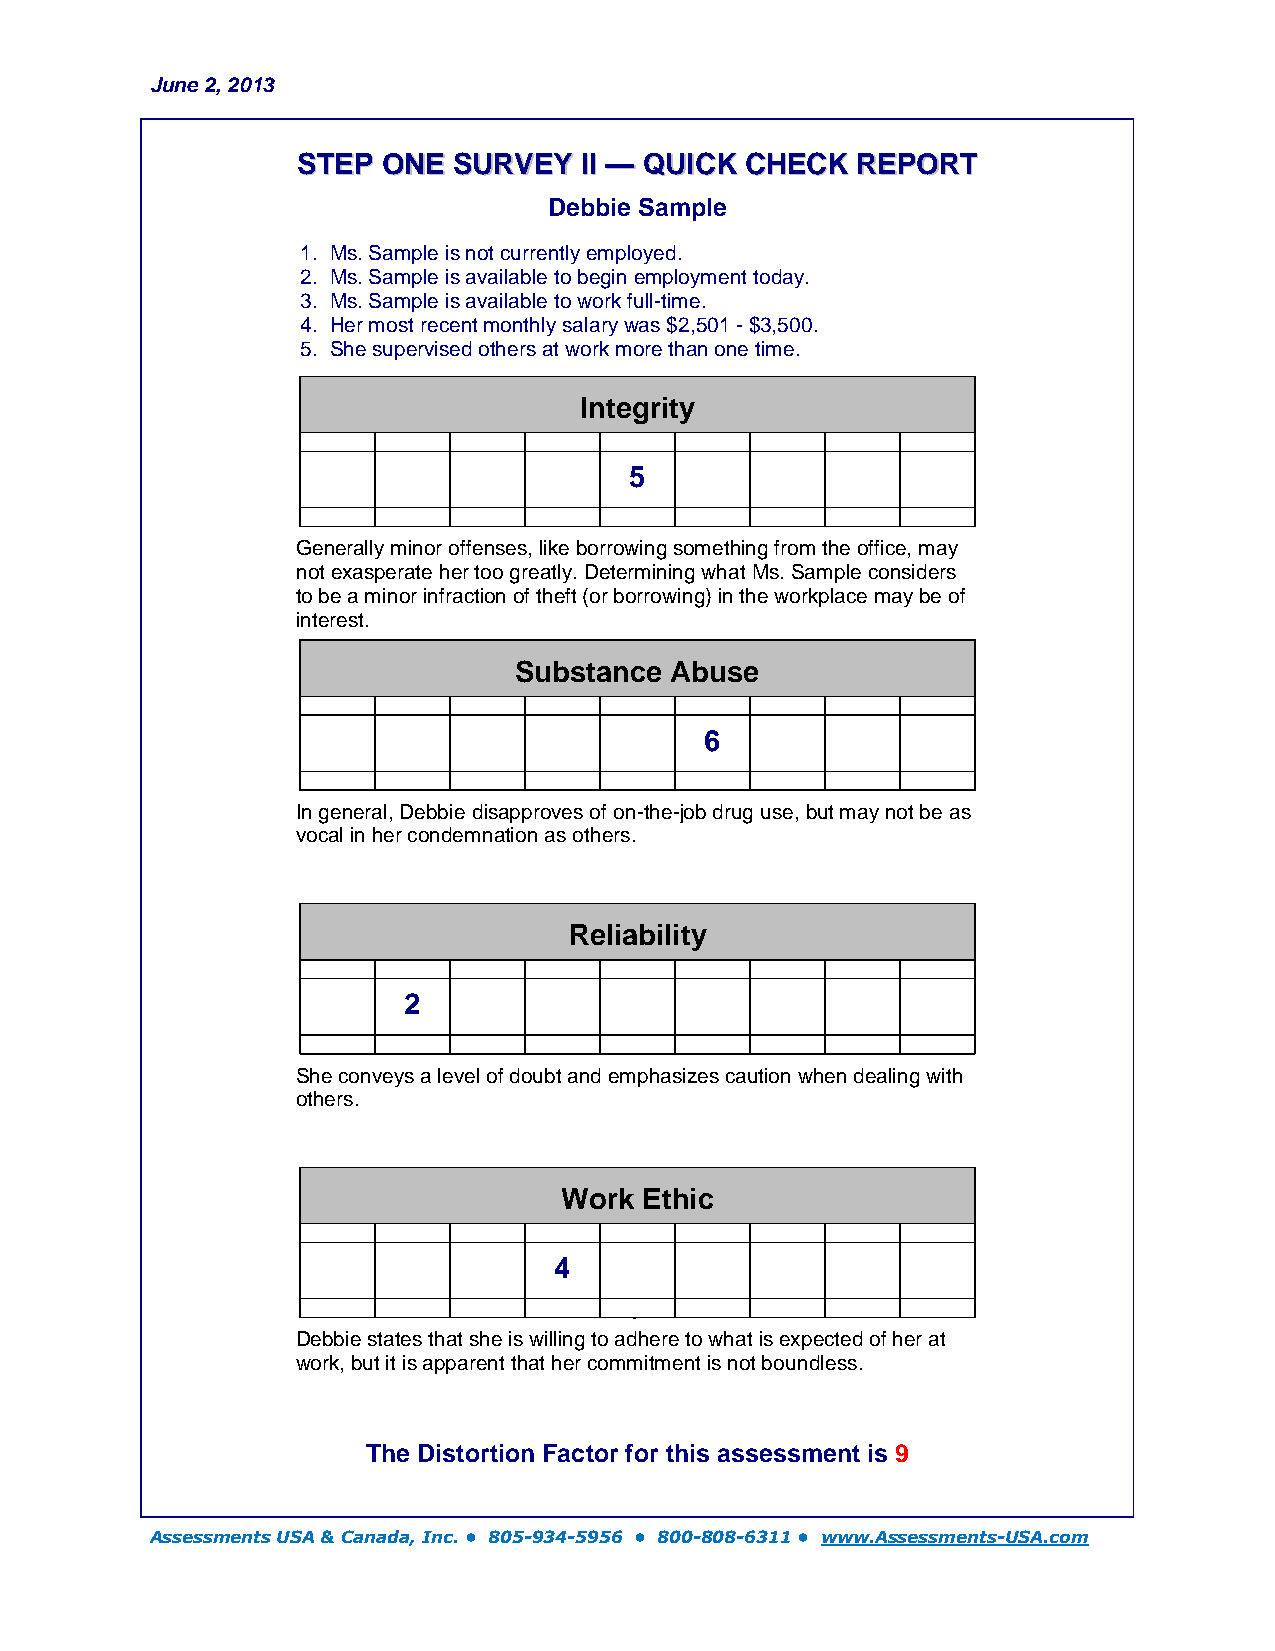
June 2, 2013
 SSTTEEPP OONNEE SSUURRVVEEYY IIII —— QQUUIICCKK CCHHEECCKK RREEPPOORRTT
 Debbie Sample
 1. Ms. Sample is not currently employed.
 2. Ms. Sample is available to begin employment today.
 3. Ms. Sample is available to work full-time.
 4. Her most recent monthly salary was $2,501 - $3,500.
 5. She supervised others at work more than one time.
 Integrity
 5
 Generally minor offenses, like borrowing something from the office, may
 not exasperate her too greatly. Determining what Ms. Sample considers
 to be a minor infraction of theft (or borrowing) in the workplace may be of
 interest.
 Substance Abuse
 6
 In general, Debbie disapproves of on-the-job drug use, but may not be as
 vocal in her condemnation as others.
 Reliability
 2
 She conveys a level of doubt and emphasizes caution when dealing with
 others.
 Work  Ethic
 4
 y
 Debbie states that she is willing to adhere to what is expected of her at
 work, but it is apparent that her commitment is not boundless.
 The Distortion Factor for this assessment is 9
 Assessments USA & Canada, Inc. • 805-934-5956 • 800-808-6311 • www.Assessments-USA.com